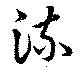
流